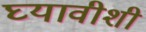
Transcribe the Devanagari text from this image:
घ्यावीशी